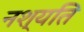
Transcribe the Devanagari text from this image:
नश्यति